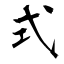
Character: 式